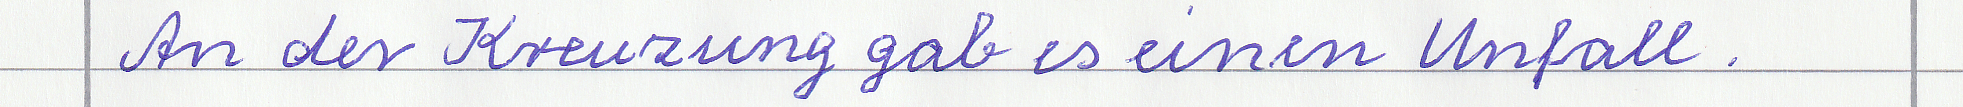
An der Kreuzung gab es einen Unfall.